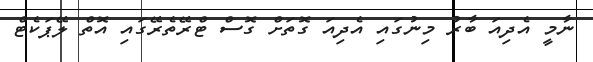
ނާމީ އެދިއަ ބާރު މިނުގައި އެދިއަ ގޮތަށް ގޮސް ޓްރޭތެރޭގައި އޮތް ލޭޕަކެޓް